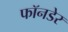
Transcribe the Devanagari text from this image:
फॉनडेर